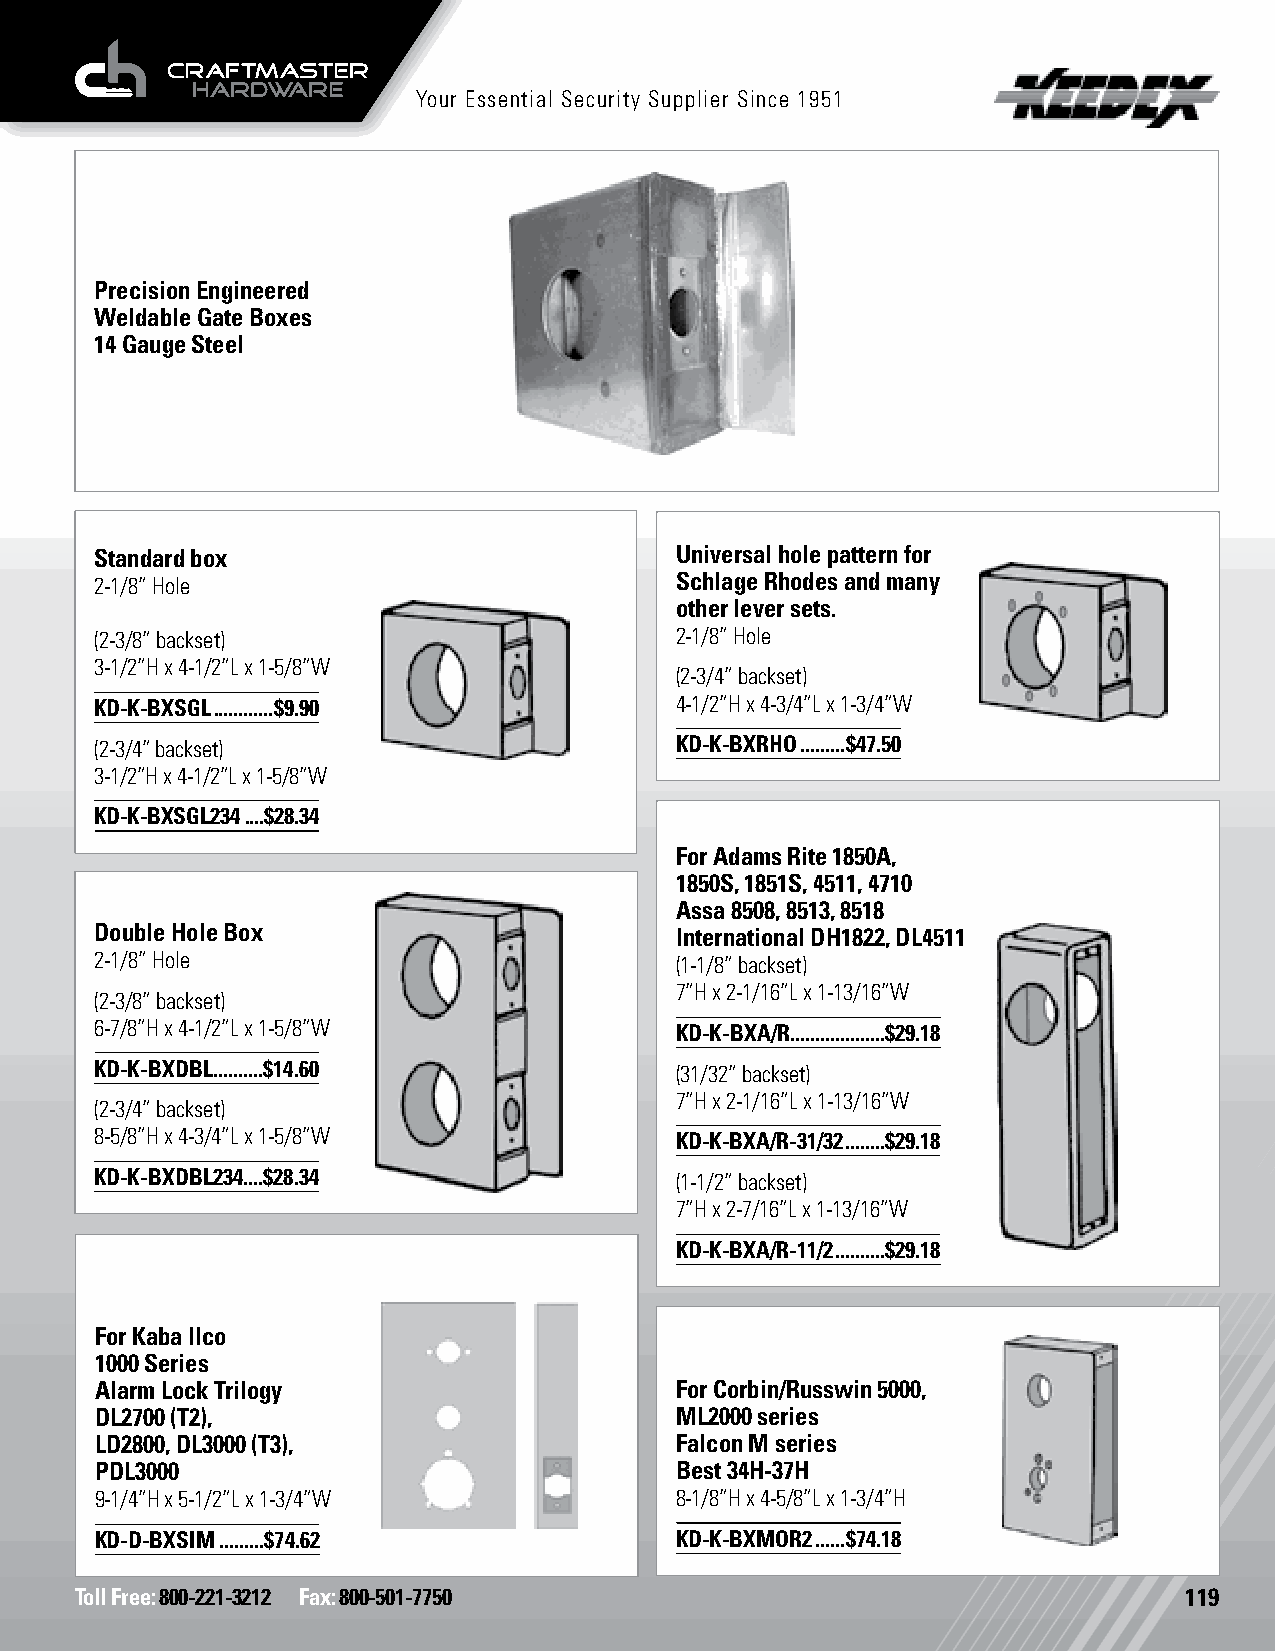
Your Essential Security Supplier Since 1951
 Precision Engineered
 Weldable Gate Boxes
 14 Gauge Steel
 Standard box                           Universal hole pattern for
 2-1/8” Hole                            Schlage Rhodes and many
 other lever sets.
 (2-3/8” backset)                       2-1/8” Hole
 3-1/2”H x 4-1/2”L x 1-5/8”W
 (2-3/4” backset)
 KD-K-BXSGL ............$9.90           4-1/2”H x 4-3/4”L x 1-3/4”W
 (2-3/4” backset)                       KD-K-BXRHO .........$47.50
 3-1/2”H x 4-1/2”L x 1-5/8”W
 KD-K-BXSGL234 ....$28.34
 For Adams Rite 1850A,
 1850S, 1851S, 4511, 4710
 Assa 8508, 8513, 8518
 Double Hole Box                        International DH1822, DL4511
 2-1/8” Hole                            (1-1/8” backset)
 7”H x 2-1/16”L x 1-13/16”W
 (2-3/8” backset)
 6-7/8”H x 4-1/2”L x 1-5/8”W            KD-K-BXA/R ...................$29.18
 KD-K-BXDBL ..........$14.60            (31/32” backset)
 7”H x 2-1/16”L x 1-13/16”W
 (2-3/4” backset)
 8-5/8”H x 4-3/4”L x 1-5/8”W            KD-K-BXA/R-31/32 ........$29.18
 KD-K-BXDBL234....$28.34                (1-1/2” backset)
 7”H x 2-7/16”L x 1-13/16”W
 KD-K-BXA/R-11/2 ..........$29.18
 For Kaba Ilco
 1000 Series
 Alarm Lock Trilogy                     For Corbin/Russwin 5000,
 DL2700 (T2),                           ML2000 series
 LD2800, DL3000 (T3),                   Falcon M series
 PDL3000                                Best 34H-37H
 9-1/4”H x 5-1/2”L x 1-3/4”W            8-1/8”H x 4-5/8”L x 1-3/4”H
 KD-D-BXSIM .........$74.62             KD-K-BXMOR2 ......$74.18
 Toll Free: 800-221-3212 Fax: 800-501-7750                                119